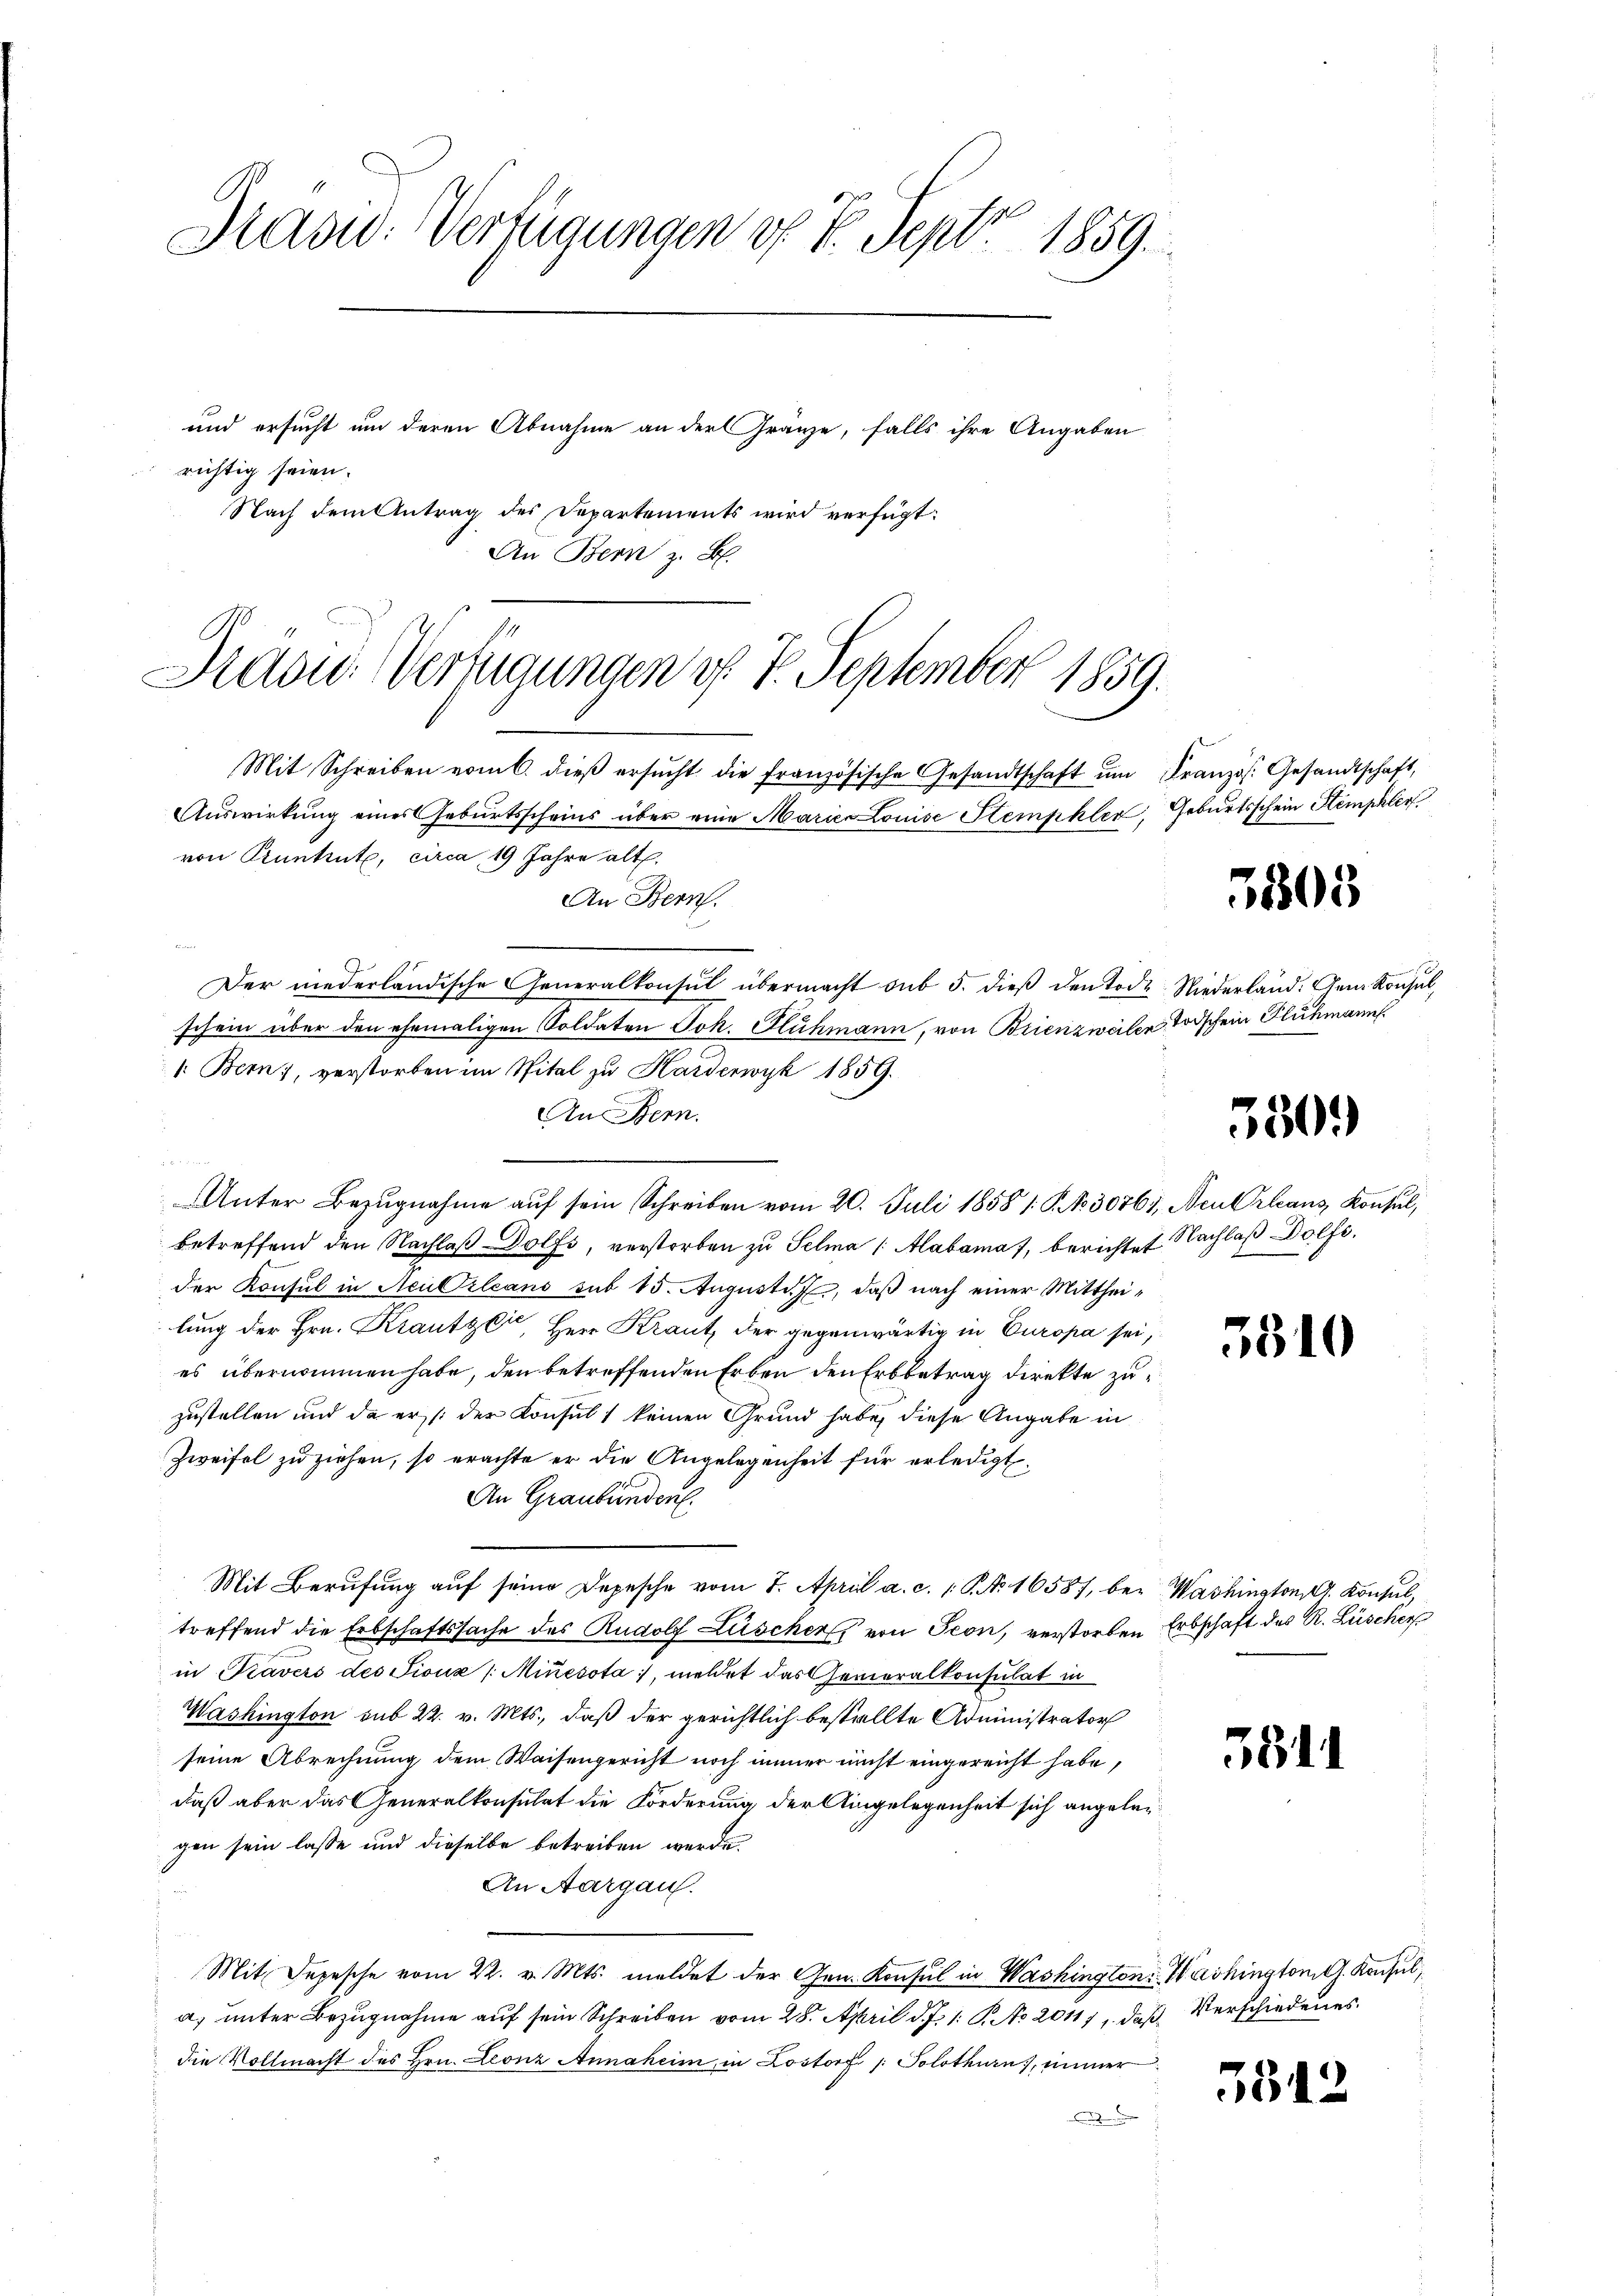
Präsid. Verfügungen d. 7. Sept. 1859.

und ersucht um deren Abnahme an der Gränze, falls ihre Angaben
richtig seien.
Nach dem Antrag des Departements wird verfügt:
An Bern z. B.

Haou. Verfügungen v. 4. September 1859.
Mit Schreiben vom 6. dieβ ersŭcht die französische Gesandtschaft ŭm Französ. Gesandtschaft,

Auswirkung eines Geburtsscheins über eine Marie Louise Stemphler, Geburtsschein Stemphler
von Pruntrut, circa 19 Jahre alt.
An Bern.
d
Der niederländische Generalkonsul übermacht sub 5. dieß den Tode Niederland. Gem Konsul,
schein über den ehemaligen Soldaten Joh. Fluhmann, von Brienzweilen Todschein Fluchmann
1. Bern, verstorben im Spital zu Karderwyk 1859.
An Bern.
Unter Bezŭgnahme aŭf sein Schreiben vom 20. Juli 1858 1: P. Nr. 30761, Neu Orleans Konsŭl,
betreffend den Nachlaβ Dolfs, verstorben zu Selma (Alabama, berichtet Nachlaß Dolfe.
der Konsul in Neu Orleans sub 15. Augustiz, daß nach einer Mittheilung der Hrn. Krautzer, Herr Kraut, der gegenwärtig in Europa sei,
es übernommen habe, den betreffenden Erben den Erbbetrag direkte zu
zustellen und da er der Konsul keinen Grund habe, diese Angabe in
Zweifel zu ziehen, so erachte er die Angelegenheit für erledigt,
An Graubünden.
Mit Berufung auf seine Depesche vom 7. April a. c. 1 S. Nr. 16587, bei Washington A. Konsul,
treffend die Erbschaftssache des Rudolf Lüscher von Seon, verstorben Erbschaft des R. Lüscher
in Travers des Siouz /: Minesota, meldet das Generalkonsulat in
Washington sub 22. v. Mts., daß der gerichtlich bestellte Administrator
seine Abrechnung dem Waisengericht noch immer nicht eingereicht habe,
daß aber das Generalkonsulat die Forderung der Angelegenheit sich angeleggen sein lasse und dieselbe betreiben werde.
An Aargau.

Mit. Depesche vom 22. v. Mts. meldet der Gen. Konsul in Washington Washington G. Konsul,
a) unter Bezugnahme auf sein Schreiben vom 28. April d. J. 1. P. No 2011), daß Verschiedenes
die Vollmacht des Hrn. Leonz Annaheim, in Lostorf /: Solothurn, immer

38803

550.

3310

351

3542